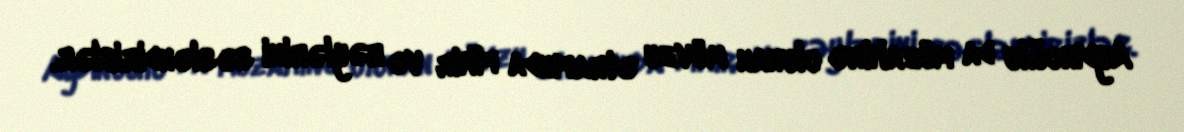
Aydınoğlu da müzakirə olunan mövzu ətrafında fikir və rəylərini səsləndiriblər.